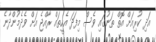
އަދި ކުރިއަށް އޮތް ތަނުގައި ވެސް މިފަދަ އެހީތައް ރާއްޖެ އަށް ވެދެމުންދާނެ